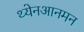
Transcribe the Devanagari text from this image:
थ्येनआनमन